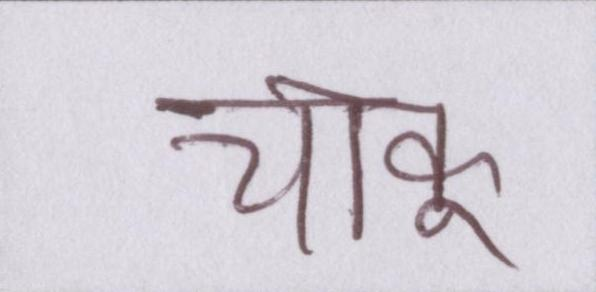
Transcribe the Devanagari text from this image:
चाकू